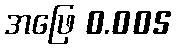
အဖြေ 0.005